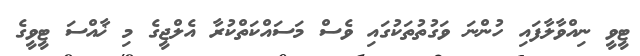
ޓީވީ ނިއްވާލާފައި ހުންނަ ވަގުތުތަކުގައި ވެސް މަސައްކަތްކުރާ އެލްޖީގެ މި ޚާއްސަ ޓީވީގެ